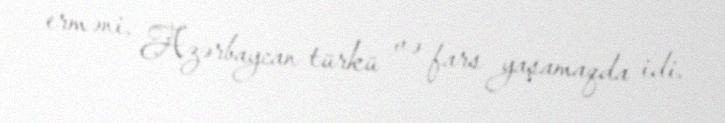
erməni, Azərbaycan türkü və fars yaşamaqda idi.